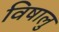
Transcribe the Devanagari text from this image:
विषालु